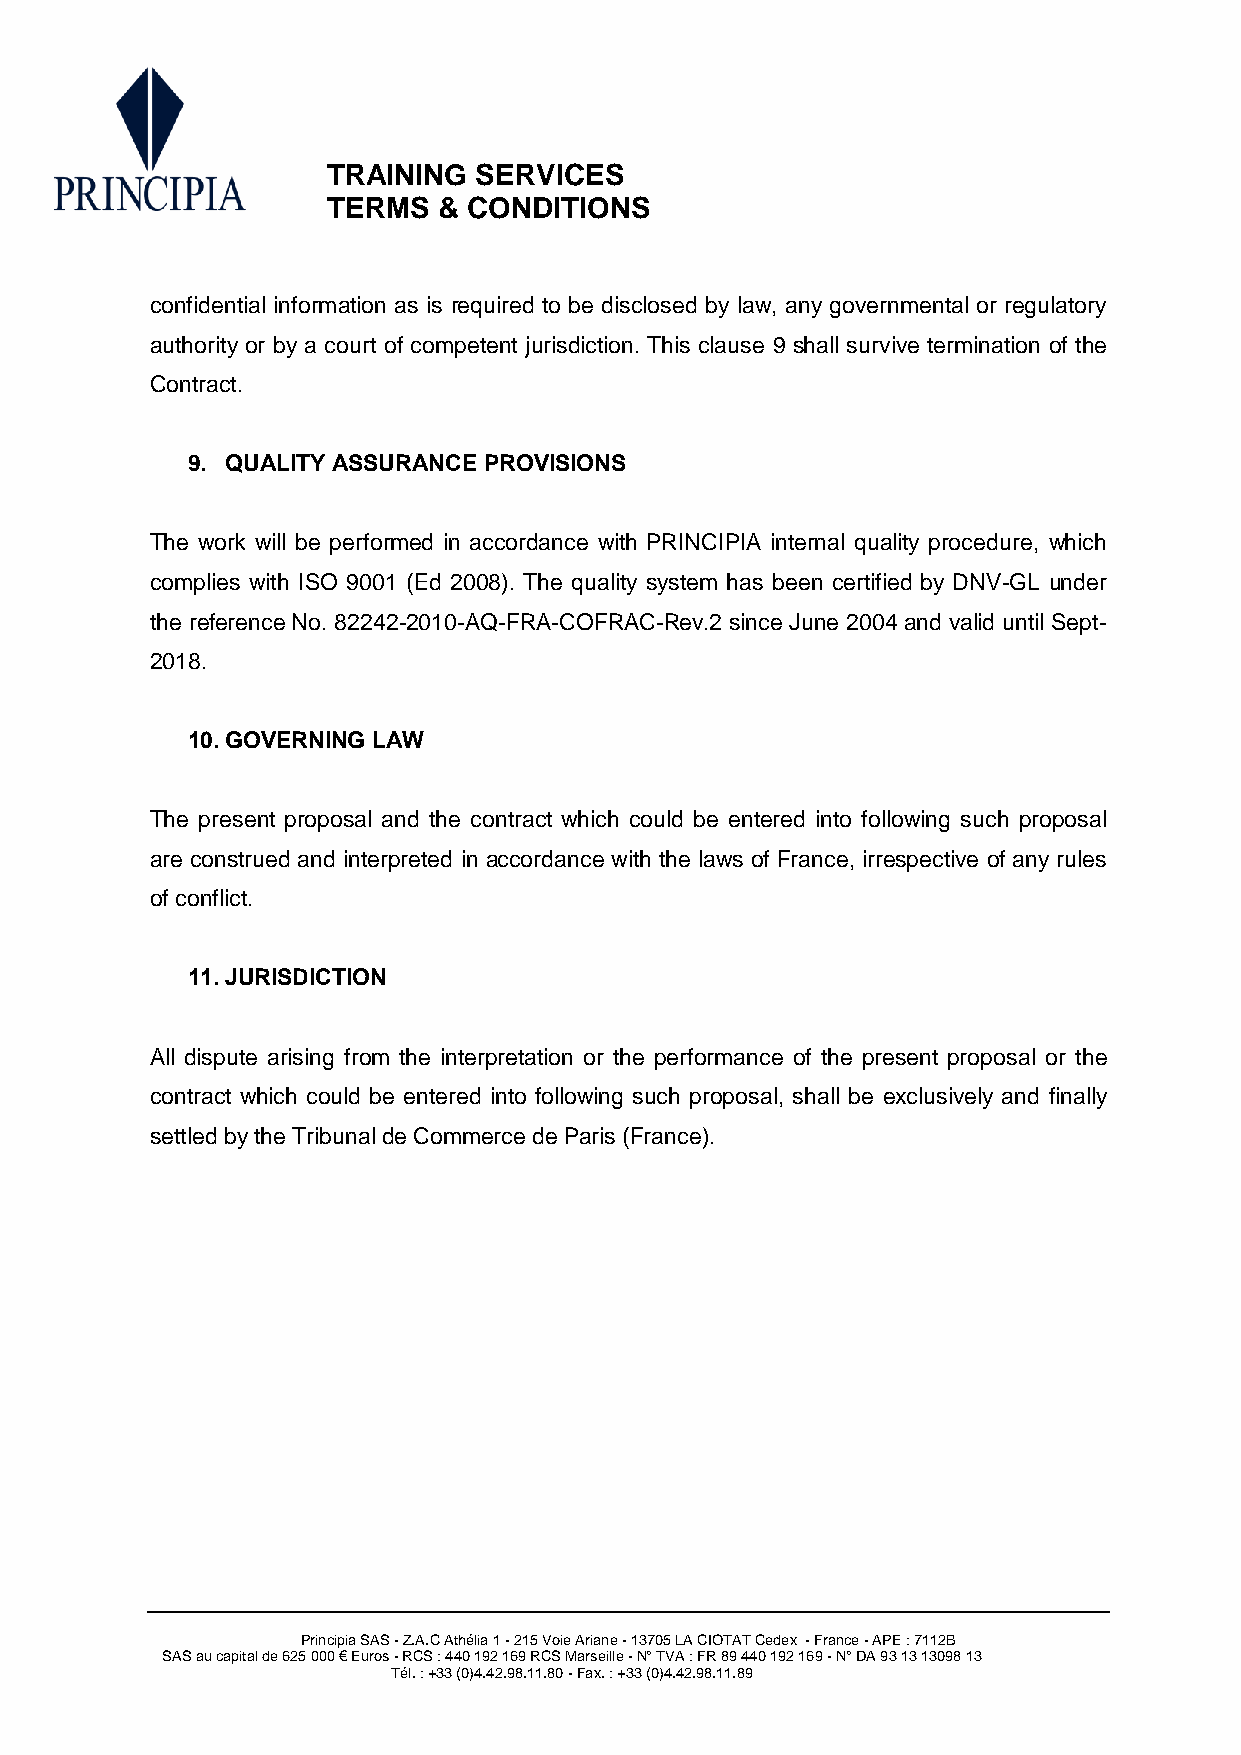
TRAINING  SERVICES
 TERMS  & CONDITIONS
 confidential information as is required to be disclosed by law, any governmental or regulatory
 authority or by a court of competent jurisdiction. This clause 9 shall survive termination of the
 Contract.
 9. QUALITY ASSURANCE PROVISIONS
 The work will be performed in accordance with PRINCIPIA internal quality procedure, which
 complies with ISO 9001 (Ed 2008). The quality system has been certified by DNV-GL under
 the reference No. 82242-2010-AQ-FRA-COFRAC-Rev.2 since June 2004 and valid until Sept-
 2018.
 10. GOVERNING LAW
 The present proposal and the contract which could be entered into following such proposal
 are construed and interpreted in accordance with the laws of France, irrespective of any rules
 of conflict.
 11. JURISDICTION
 All dispute arising from the interpretation or the performance of the present proposal or the
 contract which could be entered into following such proposal, shall be exclusively and finally
 settled by the Tribunal de Commerce de Paris (France).
 Principia SAS - Z.A.C Athélia 1 - 215 Voie Ariane - 13705 LA CIOTAT Cedex - France - APE : 7112B
 SAS au capital de 625 000 € Euros - RCS : 440 192 169 RCS Marseille - N° TVA : FR 89 440 192 169 - N° DA 93 13 13098 13
 Tél. : +33 (0)4.42.98.11.80 - Fax. : +33 (0)4.42.98.11.89